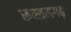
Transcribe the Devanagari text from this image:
रूस्तमगढ़